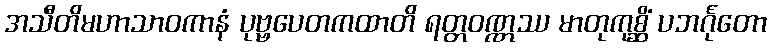
အသီတိမဟာသာဝကာနံ ပုဗ္ဗပေတကထာတိ ရတ္တဝဏ္ဏဿ မာတုကုစ္ဆိံ ပဘင်္ဂုတော